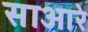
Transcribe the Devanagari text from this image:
साआरे